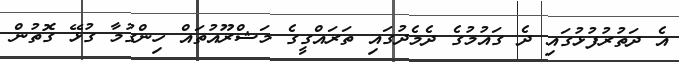
އެ ދަތުރުފުޅުގައި ދެ ގައުމުގެ ދެމެދުގައި ތަރައްގީގެ މަޝްރޫއުތައް ހިންގުމާ ގުޅޭ ގޮތުން